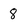
Character: 8